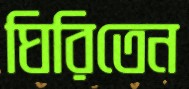
ঘিরিতেন